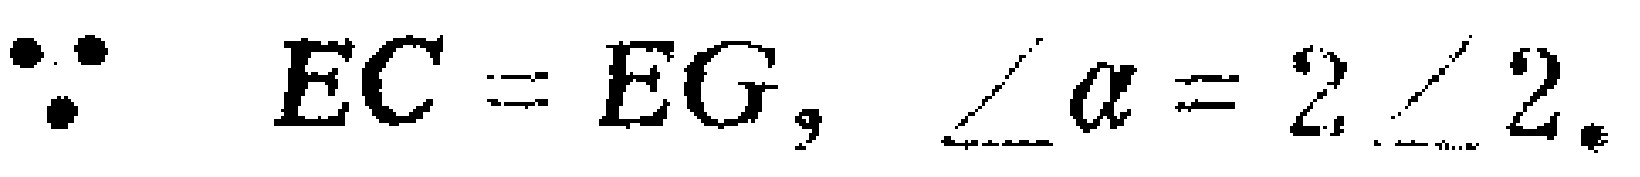
$\because EC = EG,\ \angle \alpha = 2\angle 2.$